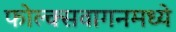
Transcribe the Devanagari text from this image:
फोल्क्सवागनमध्ये